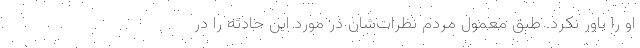
او را باور نکرد. طبق معمول مردم نظرات‌شان در مورد این حادثه را در